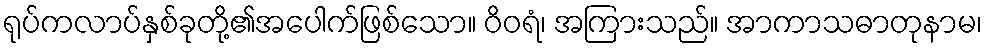
ရုပ်ကလာပ်နှစ်ခုတို့၏အပေါက်ဖြစ်သော။ ဝိဝရံ၊ အကြားသည်။ အာကာသဓာတုနာမ၊